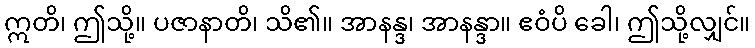
ဣတိ၊ ဤသို့။ ပဇာနာတိ၊ သိ၏။ အာနန္ဒ၊ အာနန္ဒာ။ ဧဝံပိ ခေါ၊ ဤသို့လျှင်။